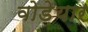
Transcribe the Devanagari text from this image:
वोड़ेयार